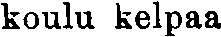
koulu kelpaa